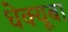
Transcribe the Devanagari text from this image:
धेक्यूबा